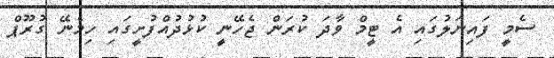
ސެމީ ފައިނަލުގައި އެ ޓީމް ވާދަ ކުރަން ޖެހޭނީ ކުޅުދުއްފުށީގައި ހިމެނޭ ގުރޫޕް